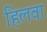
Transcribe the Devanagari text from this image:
हिलवा